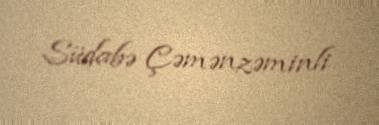
Südabə Çəmənzəminli